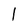
Character: 1